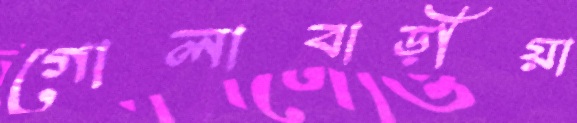
গোলাবাড়ীয়া